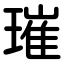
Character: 璀